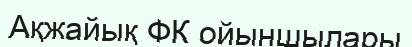
Ақжайық ФК ойыншылары